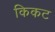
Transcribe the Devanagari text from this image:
किकट